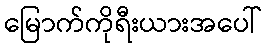
မြောက်ကိုရီးယားအပေါ်